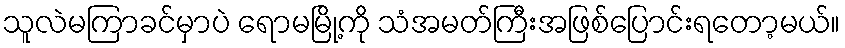
သူလဲမကြာခင်မှာပဲ ရောမမြို့ကို သံအမတ်ကြီးအဖြစ်ပြောင်းရတော့မယ်။